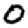
Digit: 0